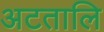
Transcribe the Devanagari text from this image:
अटतालि